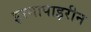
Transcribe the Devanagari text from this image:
इरगापाइरीन